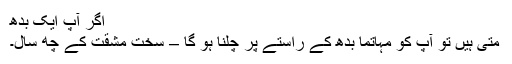
اگر آپ ایک بدھ
متی ہیں تو آپ کو مہاتما بدھ کے راستے پر چلنا ہو گا – سخت مشقت کے چھ سال۔